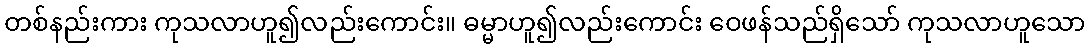
တစ်နည်းကား ကုသလာဟူ၍လည်းကောင်း။ ဓမ္မာဟူ၍လည်းကောင်း ဝေဖန်သည်ရှိသော် ကုသလာဟူသော